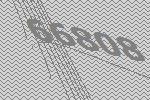
66808